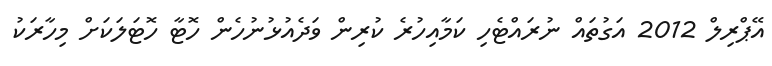
އޭޕްރިލް 2012 އަގުތައް ނުރައްޓެހި ކަމާއިހުރެ ކުރިން ވަދެއުޅުނުހެން ހޮޓާ ހޮޓަލަކަށް މިހާރަކު